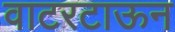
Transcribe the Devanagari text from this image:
वाटरटाऊन